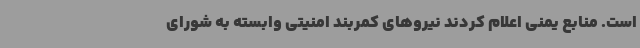
است. منابع یمنی اعلام کردند نیروهای کمربند امنیتی وابسته به شورای